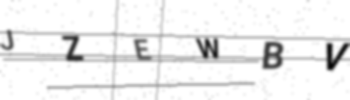
Text: JZEWBV